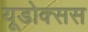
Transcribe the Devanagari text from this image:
यूडोक्सस